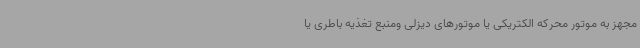
مجهز به موتور محرکه الکتریکی یا موتورهای دیزلی ومنبع تغذیه باطری یا